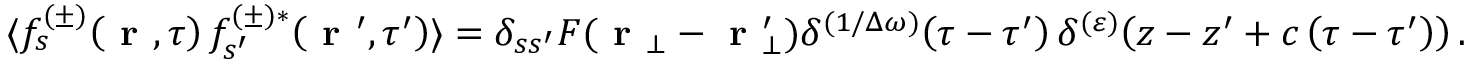
\langle f _ { s } ^ { ( \pm ) } \! \left( \textbf { r } , \tau \right) f _ { s ^ { \prime } } ^ { ( \pm ) * } \! \left( \textbf { r } ^ { \prime } , \tau ^ { \prime } \right) \rangle = \delta _ { s s ^ { \prime } } F ( \textbf { r } _ { \bot } - \textbf { r } _ { \bot } ^ { \prime } ) \delta ^ { ( 1 / \Delta \omega ) } \! \left( \tau - \tau ^ { \prime } \right) \delta ^ { ( \varepsilon ) } \! \left( z - z ^ { \prime } + c \left( \tau - \tau ^ { \prime } \right) \right) .